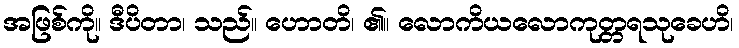
အဖြစ်ကို။ ဒီပိတာ၊ သည်။ ဟောတိ၊ ၏။ လောကိယလောကုတ္တရသုခေဟိ၊